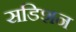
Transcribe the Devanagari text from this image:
सडिशन